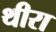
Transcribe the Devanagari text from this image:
थीरा